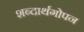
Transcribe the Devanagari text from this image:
शब्दार्थगोपन